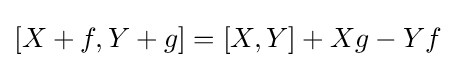
[X+f,Y+g]=[X,Y]+Xg-Yf